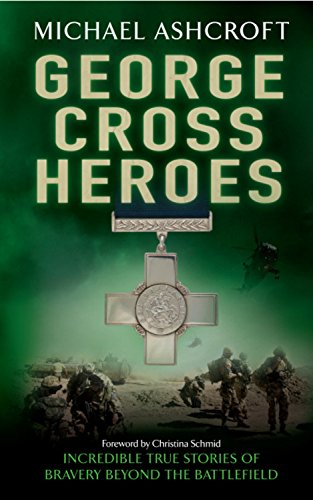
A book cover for George Cross Heroes; Michael Ashcroft; History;